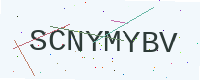
Text: SCNYMYBV